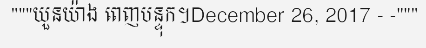
"""យួនយ៉ាង ពេញបន្ទុក។December 26, 2017 - -"""